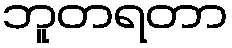
ဘူတရတာ